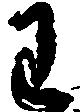
わ